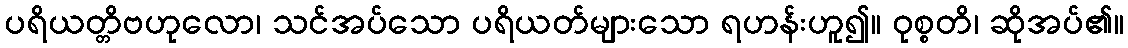
ပရိယတ္တိဗဟုလော၊ သင်အပ်သော ပရိယတ်များသော ရဟန်းဟူ၍။ ဝုစ္စတိ၊ ဆိုအပ်၏။